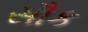
સૌક